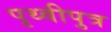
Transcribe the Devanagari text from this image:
पृथ्वीपुत्र